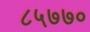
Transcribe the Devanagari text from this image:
८५७७०